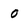
Character: O